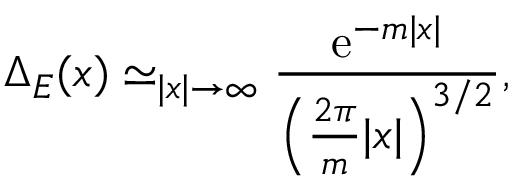
\Delta _ { E } ( x ) \simeq _ { | x | \rightarrow \infty } \frac { \mathrm { e } ^ { - m | x | } } { \left( \frac { 2 \pi } { m } | x | \right) ^ { 3 / 2 } } ,